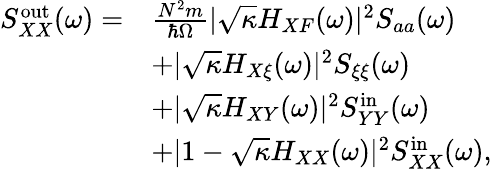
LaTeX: \begin{array}{rl}{S_{XX}^{\mathrm{out}}(\omega)=}&{\frac{N^{2}m}{\hbar\Omega}|\sqrt{\kappa}H_{XF}(\omega)|^{2}S_{aa}(\omega)}\\ &{+|\sqrt{\kappa}H_{X\xi}(\omega)|^{2}S_{\xi\xi}(\omega)}\\ &{+|\sqrt{\kappa}H_{XY}(\omega)|^{2}S_{YY}^{\mathrm{in}}(\omega)}\\ &{+|1-\sqrt{\kappa}H_{XX}(\omega)|^{2}S_{XX}^{\mathrm{in}}(\omega),}\end{array}